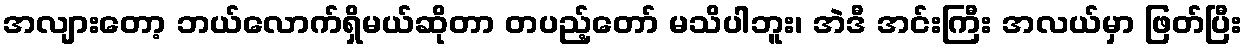
အလျားတော့ ဘယ်လောက်ရှိမယ်ဆိုတာ တပည့်တော် မသိပါဘူး၊ အဲဒီ အင်းကြီး အလယ်မှာ ဖြတ်ပြီး